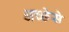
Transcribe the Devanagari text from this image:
अच्छेसे